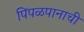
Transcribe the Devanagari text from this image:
पिंपळपानाची